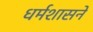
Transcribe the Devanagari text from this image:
धर्मशासने